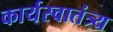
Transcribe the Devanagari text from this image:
कार्यस्वातंत्र्य